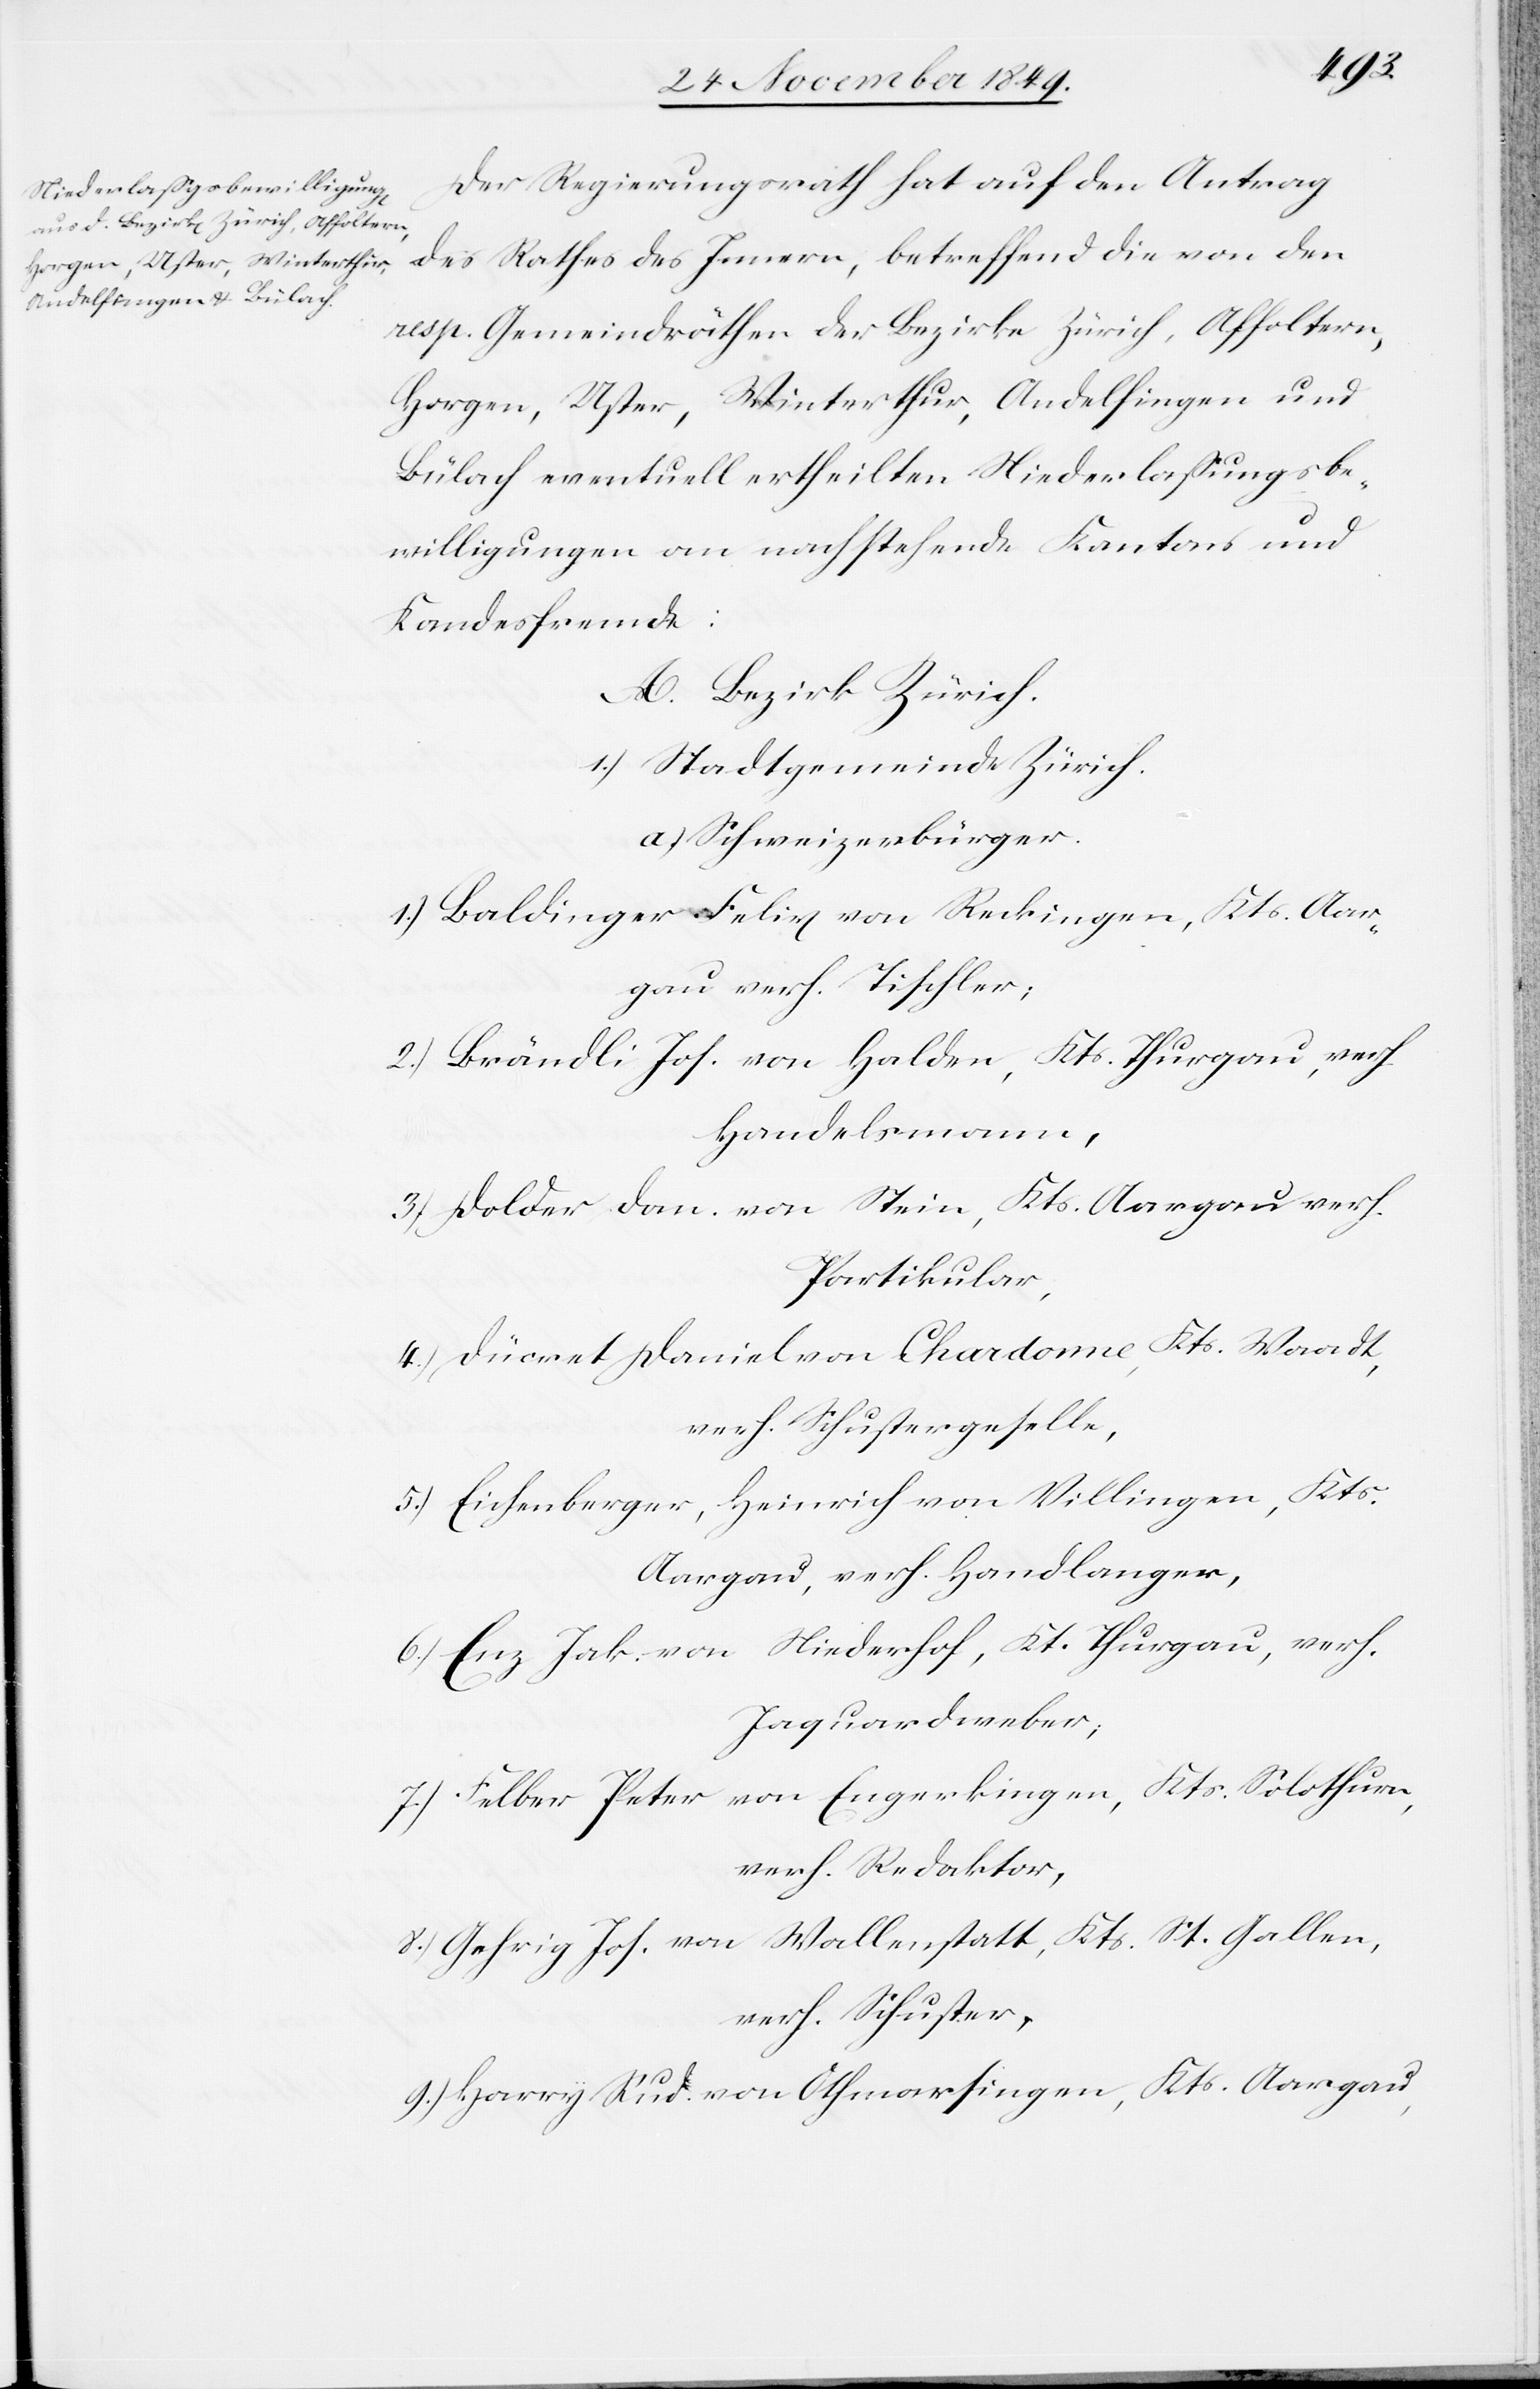
Der Regierungsrath hat auf den Antrag
des Rathes des Innern, betreffend die von den
resp. Gemeindräthen der Bezirke Zürich, Affoltern,
Horgen, Uster, Winterthur, Andelfingen und
Bülach eventuell ertheilten Niederlaßungsbe¬
willigungen an nachstehende Kantons- und
Kantonsfremde:
A. Bezirk Zürich.
1.) Stadtgemeinde Zürich.
a.) Schweizerbürger.
1.) Baldinger Felix von Reckingen, Kts. Aar¬
gau verh. Tischler;
2.) Brändli Jos. Von Halden, Kts. Thurgau, resp.
Handelsmann,
3.) Dolder Dan. von Stein, Kts. Aargau verh.
Partikular,
4.) Dücret Daniel von Chardonne, Kts. Waadt,
verh. Schustergeselle,
5.) Eichenberger, Heinrich von Villingen, Kts.
Aargau, verh. Handlanger,
6.) Enz Jak. von Niederhof, Kt. Thurgau, verh.
Jaquardweber;
7.) Felber Peter von Engerskingen, Kts. Solothurn,
verh. Redaktor,
8.) Gehrig Jos. von Wallenstatt, Kts. St. Gallen,
verh. Schuster,
9.) Harry Rud. von Othmarsingen, Kts. Aargau,